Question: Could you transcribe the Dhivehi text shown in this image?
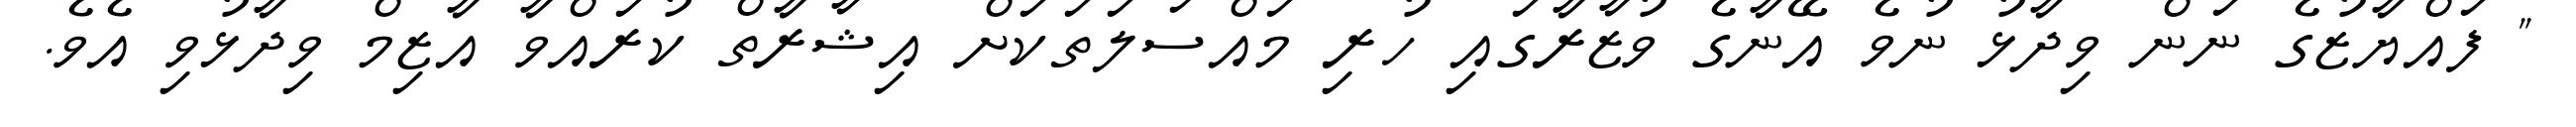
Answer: " ފައްޔާޒުގެ ނަން ވިދާޅު ނުވެ އޭނާގެ ވުޒާރާގައި ހުރި މައްސަލަތަކަށް އިޝާރާތް ކުރައްވާ އާޒިމް ވިދާޅުވި އެވެ.